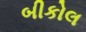
બીકોલ